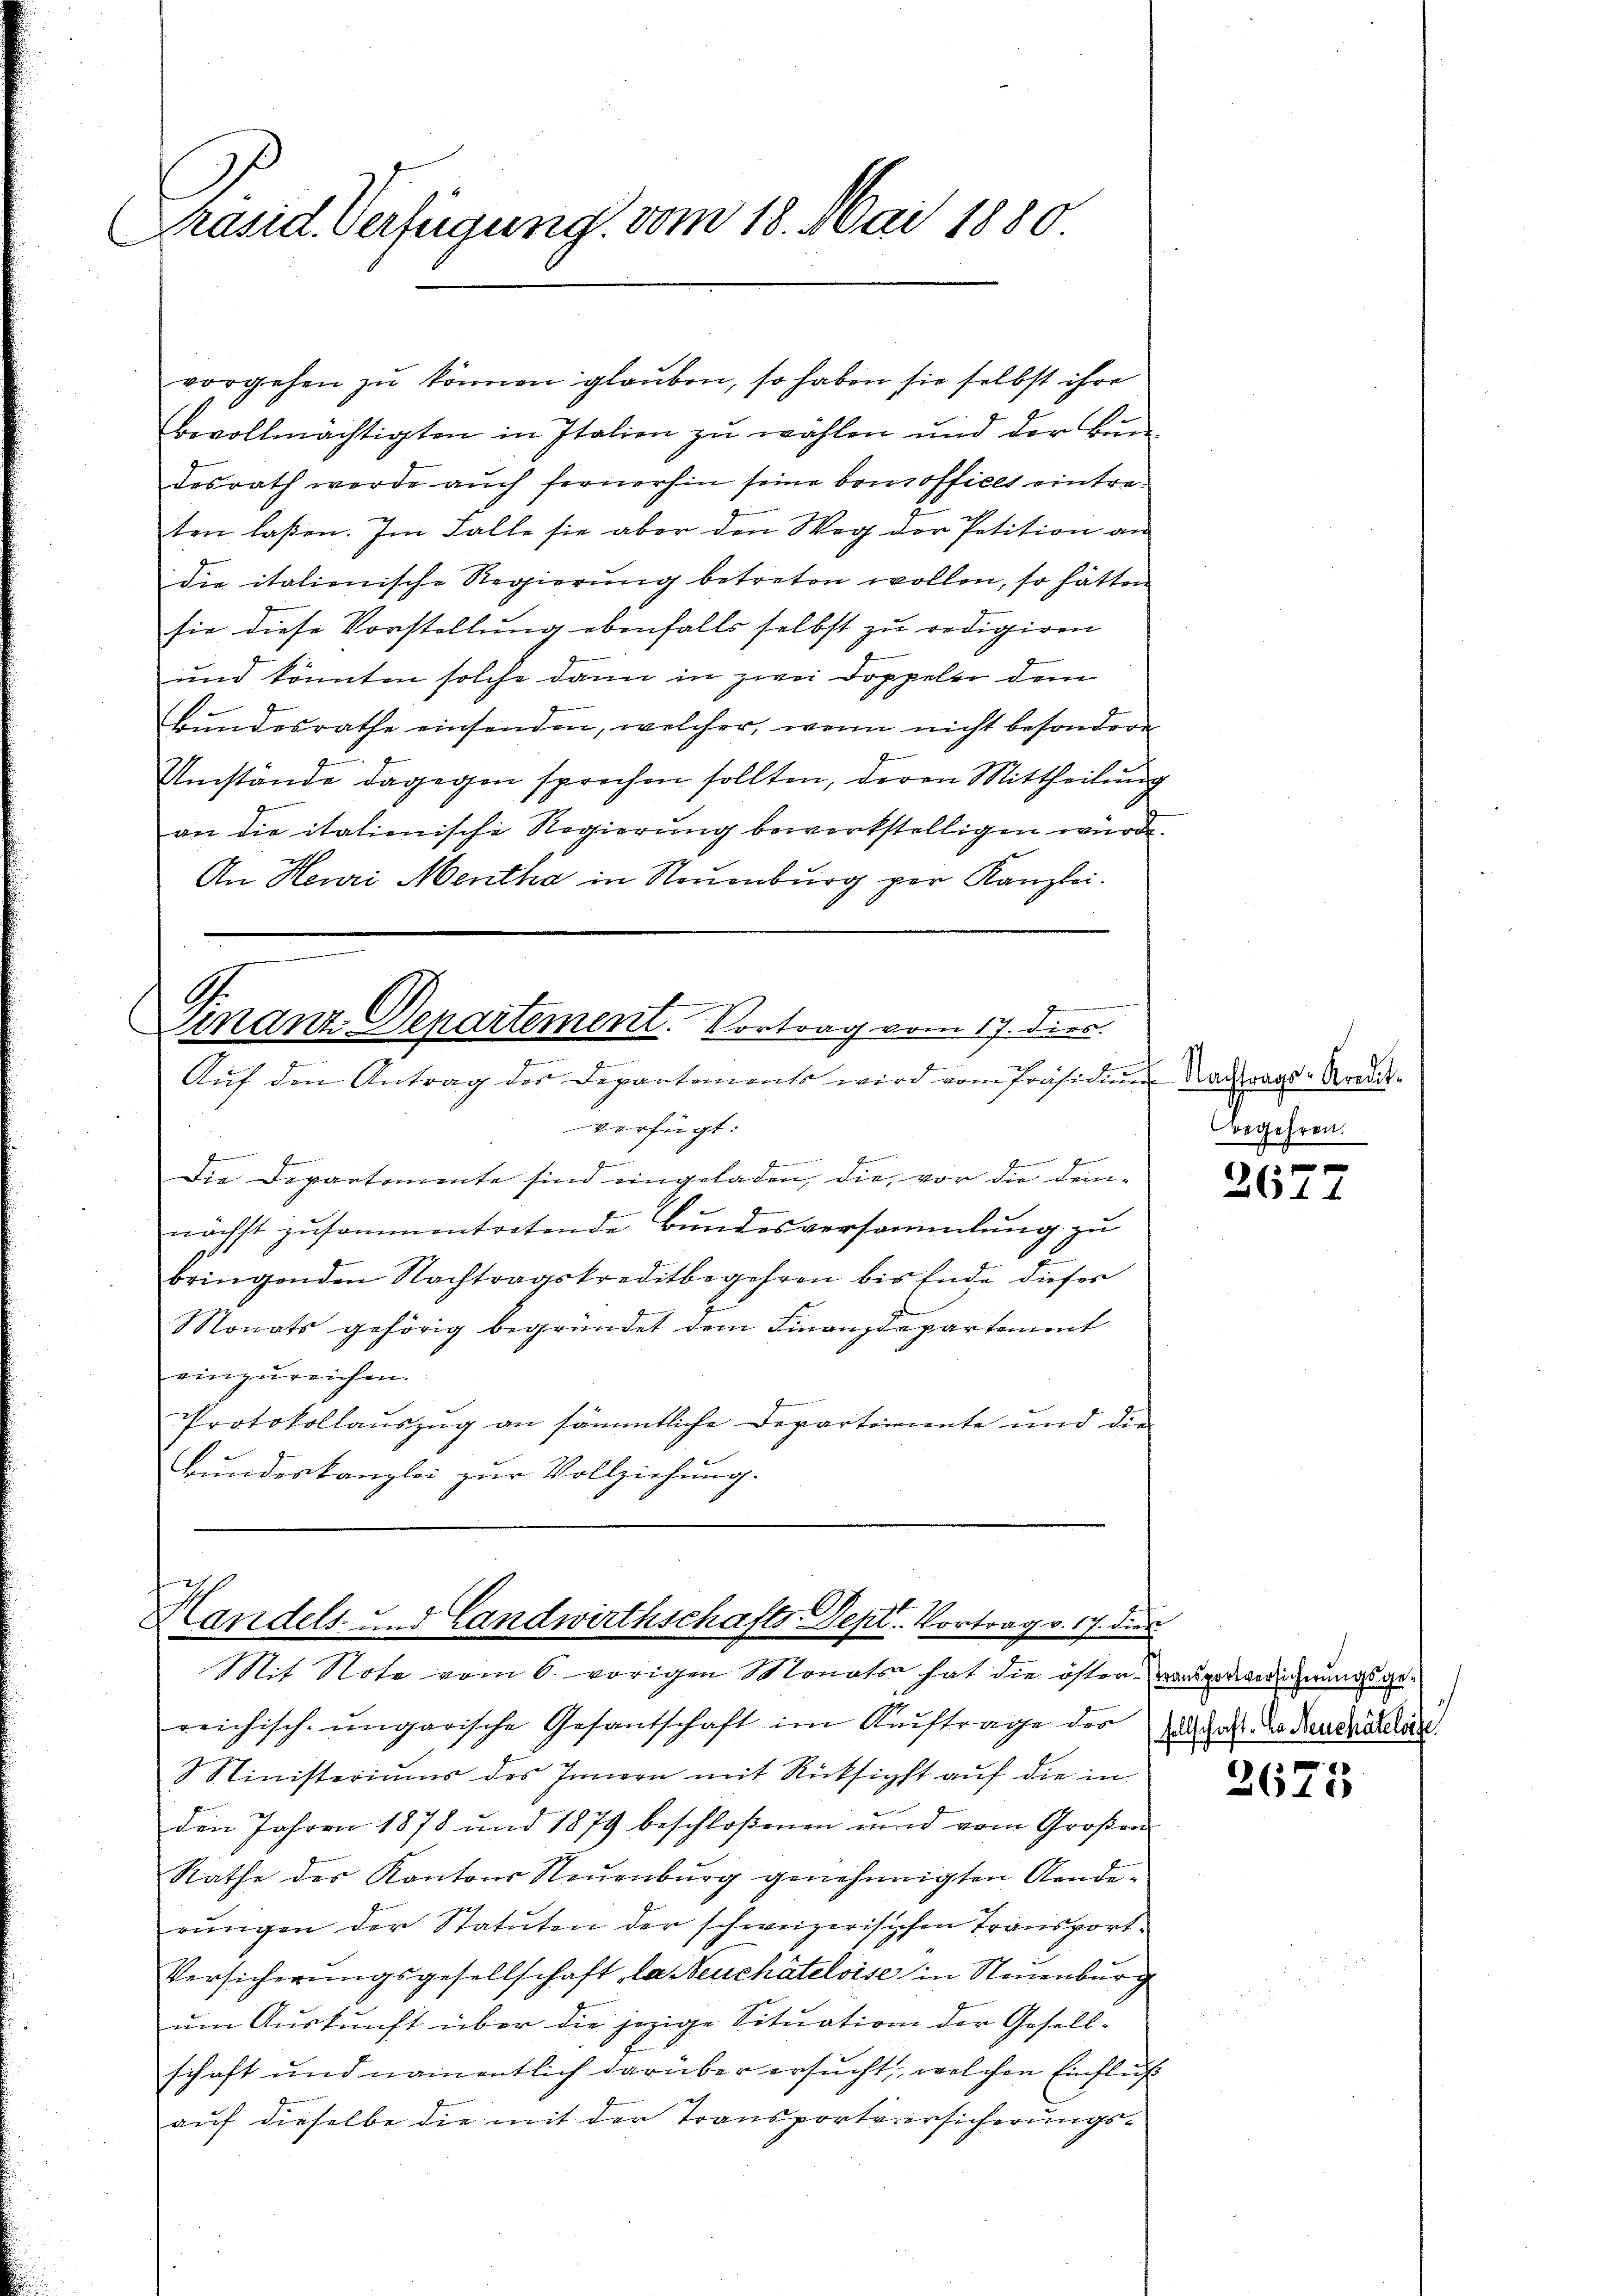
Präsid. Verfügung vom 18. Mai 1880

bevollmächtigten in Italien zu wählen und der Bundesrath werde auch fernerhin seine bonofficet eintreten laßen. Im Falle sie aber den Weg der Petition an
die italienische Regierung betreten wollen, so hätten
sie diese Vorstellung ebenfalls selbst zu redigiren
und könnten solche dann in zwei Doppeler dem
Bŭndesrathe einsenden, welcher, wenn nicht besondere
2
Umstände dagegen sprechen sollten, deren Mittheilung
an die italienische Regierung bewerkstelligen würde.
h
An Reuri Mentha in Neuenburg per Kanzlei.

vorgehen zu können glauben, so haben sie selbst ihre

G.
Finanz-Departement. Vortrag vom 17. dies
.
u
Aŭf den Antrag der Departements wird vom Präsidiŭm Dachtrags-Kredit-

Handels- u. Landwirthschafts-Sept. Vortrag v. 17. die
Mit Note vom 6. vorigen Monats hat die öster Bauerbereignungsge¬

verfügt:
f
Es er
f
t
f
die Departemente sin eingeladen, die vor die demnächst zusammentretende Bundesversammlung zu
E
bringenden Nachtragskreditbegehren bis Ende dieses
Monats gehörig begründet dem Finanzdepartement
einzureichen.
Protokollauszug an sämmtliche Departemente und die
Bundeskanzlei zur Vollziehung.

reichisch-ungarische Gesantschaft im Auftrage der
S. Ministeriums des Innern mit Rücksicht auf die in
den Jahren 1878 und 1879 beschloßenen und vom Großen
Rathe des Kantons Neuenburg genehmigten Aenderungen der Statuten der schweizerisichen Transport¬
Versicherŭngsgesellschaft la Neuchâteloise in Neuenburg
um Auskunft über die jezige Situation der Gesellschaft und namentlich darüber ersucht, welchen Einflus
auf dieselbe die mit der Transportversicherungs¬

e
Begehren.

t
264.

sellschaft. Da Neuchâteloise

2675